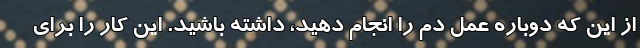
از این که دوباره عمل دم را انجام دهید، داشته باشید. این کار را برای